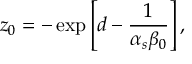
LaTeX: z _ { 0 } = - \exp \left[ d - { \frac { 1 } { \alpha _ { s } \beta _ { 0 } } } \right] ,